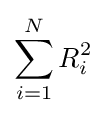
\sum _{i=1}^{N}R_{i}^{2}